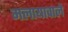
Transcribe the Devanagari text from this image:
मलायावाले